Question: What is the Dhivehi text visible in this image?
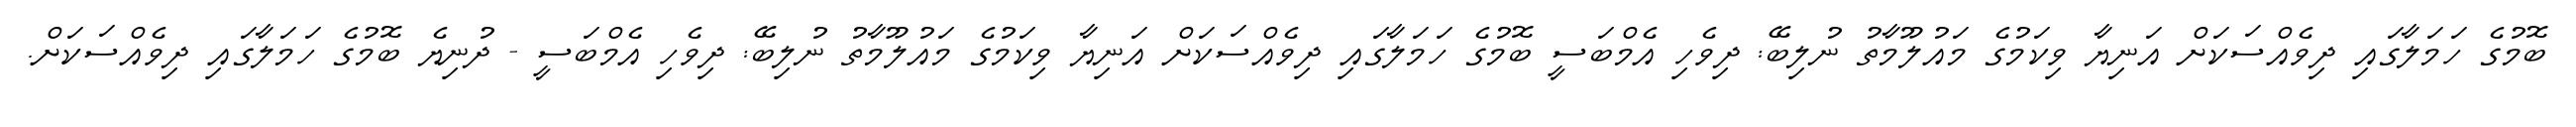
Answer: ބޮމުގެ ހަމަލާގައި ދިވެއްސަކަށް އަނިޔާ ވިކަމުގެ މައުލޫމާތު ނުލިބޭ: ދިވެހި އެމްބަސީ ބޮމުގެ ހަމަލާގައި ދިވެއްސަކަށް އަނިޔާ ވިކަމުގެ މައުލޫމާތު ނުލިބޭ: ދިވެހި އެމްބަސީ - ދުނިޔެ ބޮމުގެ ހަމަލާގައި ދިވެއްސަކަށް.